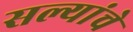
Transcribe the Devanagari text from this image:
सल्यांचे